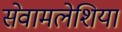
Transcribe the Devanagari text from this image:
सेवामलेशिया